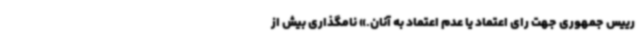
رییس جمهوری جهت رای اعتماد یا عدم اعتماد به آنان.» نامگذاری بیش از